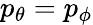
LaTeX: p_{\theta}=p_{\phi}